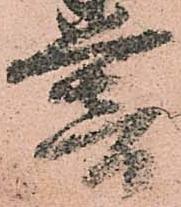
暮